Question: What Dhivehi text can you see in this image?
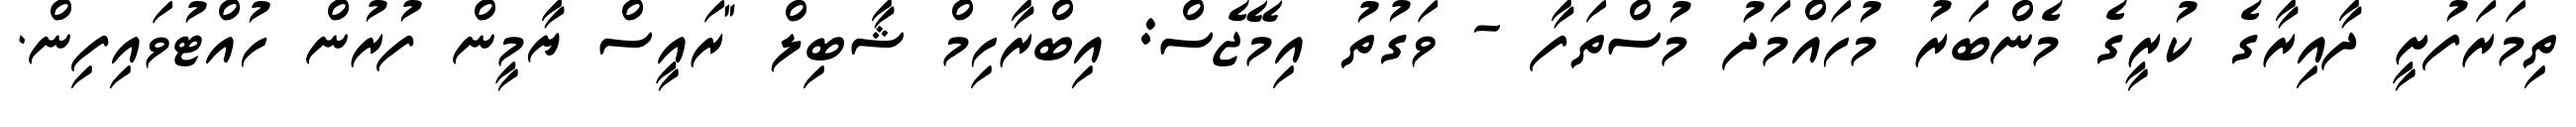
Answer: ތިމަރަފުށީ ދާއިރާގެ ކުރީގެ މެންބަރު މުހައްމަދު މުސްތަފާ - ވަގުތު އިމޭޖެސް: އިބްރާހިމް ޝާބިލް "ރައީސް ޔާމީން ފުރުން ހުއްޓުވައިފިން.